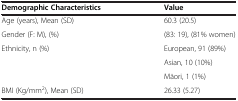
<table><thead><tr><td><b>Demographic Characteristics</b></td><td><b>Value</b></td></tr></thead><tbody><tr><td>Age (years), Mean (SD)</td><td>60.3 (20.5)</td></tr><tr><td>Gender (F: M), (%)</td><td>(83: 19), (81% women)</td></tr><tr><td rowspan="3">Ethnicity, n (%)</td><td>European, 91 (89%)</td></tr><tr><td>Asian, 10 (10%)</td></tr><tr><td>Māori, 1 (1%)</td></tr><tr><td>BMI (Kg/mm<sup>2</sup>), Mean (SD)</td><td>26.33 (5.27)</td></tr></tbody></table>